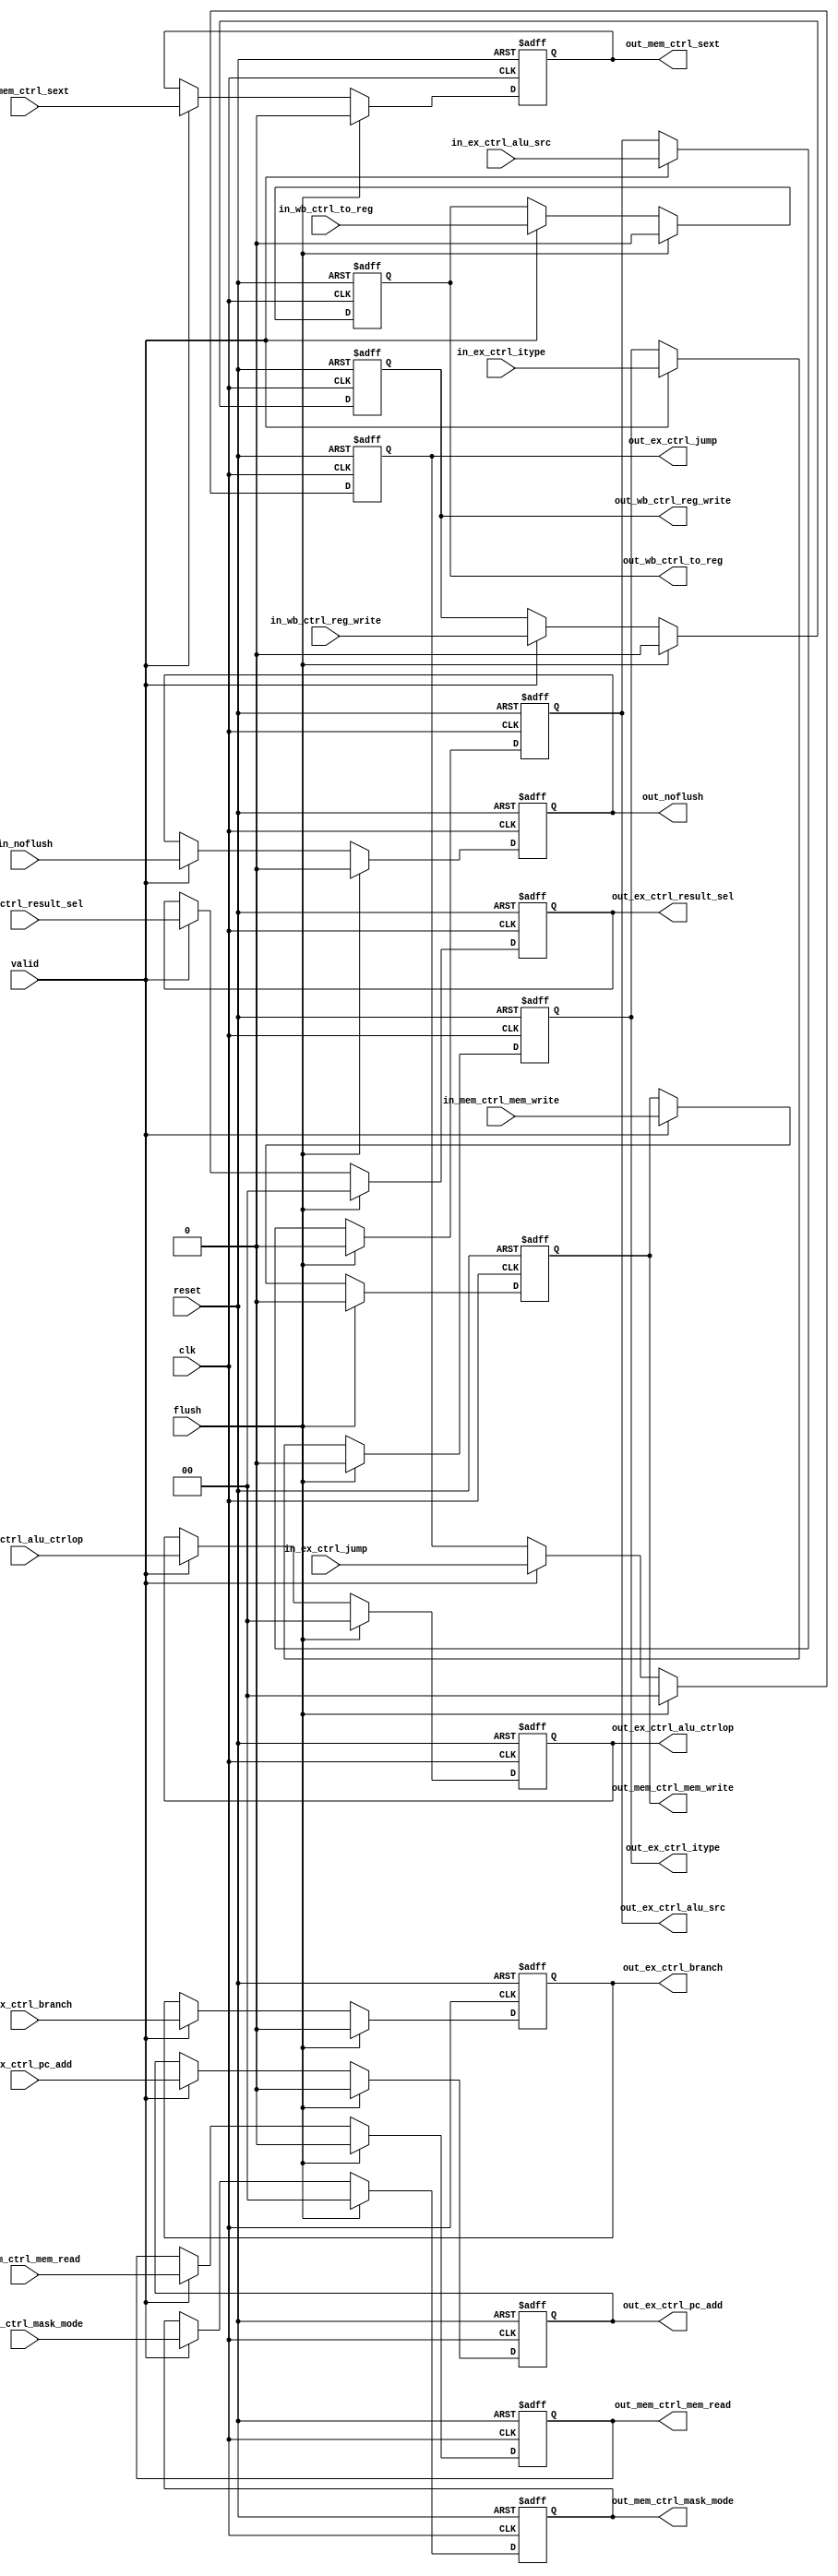
// This program was cloned from: https://github.com/suda-morris/blog
// License: GNU General Public License v3.0

module id_ex_ctrl (
  input        clk,
  input        reset,
  input        in_ex_ctrl_itype,
  input  [1:0] in_ex_ctrl_alu_ctrlop,
  input  [1:0] in_ex_ctrl_result_sel,
  input        in_ex_ctrl_alu_src,
  input        in_ex_ctrl_pc_add,
  input        in_ex_ctrl_branch,
  input  [1:0] in_ex_ctrl_jump,
  input        in_mem_ctrl_mem_read,
  input        in_mem_ctrl_mem_write,
  input  [1:0] in_mem_ctrl_mask_mode,
  input        in_mem_ctrl_sext,
  input        in_wb_ctrl_to_reg,
  input        in_wb_ctrl_reg_write,
  input        in_noflush,
  input        flush,
  input        valid,
  output       out_ex_ctrl_itype,
  output [1:0] out_ex_ctrl_alu_ctrlop,
  output [1:0] out_ex_ctrl_result_sel,
  output       out_ex_ctrl_alu_src,
  output       out_ex_ctrl_pc_add,
  output       out_ex_ctrl_branch,
  output [1:0] out_ex_ctrl_jump,
  output       out_mem_ctrl_mem_read,
  output       out_mem_ctrl_mem_write,
  output [1:0] out_mem_ctrl_mask_mode,
  output       out_mem_ctrl_sext,
  output       out_wb_ctrl_to_reg,
  output       out_wb_ctrl_reg_write,
  output       out_noflush
);

  reg  reg_ex_ctrl_itype;
  reg [1:0] reg_ex_ctrl_alu_ctrlop;
  reg [1:0] reg_ex_ctrl_result_sel;
  reg  reg_ex_ctrl_alu_src;
  reg  reg_ex_ctrl_pc_add;
  reg  reg_ex_ctrl_branch;
  reg [1:0] reg_ex_ctrl_jump;
  reg  reg_mem_ctrl_mem_read;
  reg  reg_mem_ctrl_mem_write;
  reg [1:0] reg_mem_ctrl_mask_mode;
  reg  reg_mem_ctrl_sext;
  reg  reg_wb_ctrl_to_reg;
  reg  reg_wb_ctrl_reg_write;
  reg  reg_noflush;

  assign out_ex_ctrl_itype = reg_ex_ctrl_itype;
  assign out_ex_ctrl_alu_ctrlop = reg_ex_ctrl_alu_ctrlop;
  assign out_ex_ctrl_result_sel = reg_ex_ctrl_result_sel;
  assign out_ex_ctrl_alu_src = reg_ex_ctrl_alu_src;
  assign out_ex_ctrl_pc_add = reg_ex_ctrl_pc_add;
  assign out_ex_ctrl_branch = reg_ex_ctrl_branch;
  assign out_ex_ctrl_jump = reg_ex_ctrl_jump;
  assign out_mem_ctrl_mem_read = reg_mem_ctrl_mem_read;
  assign out_mem_ctrl_mem_write = reg_mem_ctrl_mem_write;
  assign out_mem_ctrl_mask_mode = reg_mem_ctrl_mask_mode;
  assign out_mem_ctrl_sext = reg_mem_ctrl_sext;
  assign out_wb_ctrl_to_reg = reg_wb_ctrl_to_reg;
  assign out_wb_ctrl_reg_write = reg_wb_ctrl_reg_write;
  assign out_noflush = reg_noflush;

  always @(posedge clk or posedge reset) begin
    if (reset) begin
      reg_ex_ctrl_itype <= 1'h0;
    end else if (flush) begin
      reg_ex_ctrl_itype <= 1'h0;
    end else if (valid) begin
      reg_ex_ctrl_itype <= in_ex_ctrl_itype;
    end
  end

  always @(posedge clk or posedge reset) begin
    if (reset) begin
      reg_ex_ctrl_alu_ctrlop <= 2'h0;
    end else if (flush) begin
      reg_ex_ctrl_alu_ctrlop <= 2'h0;
    end else if (valid) begin
      reg_ex_ctrl_alu_ctrlop <= in_ex_ctrl_alu_ctrlop;
    end
  end

  always @(posedge clk or posedge reset) begin
    if (reset) begin
      reg_ex_ctrl_result_sel <= 2'h0;
    end else if (flush) begin
      reg_ex_ctrl_result_sel <= 2'h0;
    end else if (valid) begin
      reg_ex_ctrl_result_sel <= in_ex_ctrl_result_sel;
    end
  end

  always @(posedge clk or posedge reset) begin
    if (reset) begin
      reg_ex_ctrl_alu_src <= 1'h0;
    end else if (flush) begin
      reg_ex_ctrl_alu_src <= 1'h0;
    end else if (valid) begin
      reg_ex_ctrl_alu_src <= in_ex_ctrl_alu_src;
    end
  end

  always @(posedge clk or posedge reset) begin
    if (reset) begin
      reg_ex_ctrl_pc_add <= 1'h0;
    end else if (flush) begin
      reg_ex_ctrl_pc_add <= 1'h0;
    end else if (valid) begin
      reg_ex_ctrl_pc_add <= in_ex_ctrl_pc_add;
    end
  end

  always @(posedge clk or posedge reset) begin
    if (reset) begin
      reg_ex_ctrl_branch <= 1'h0;
    end else if (flush) begin
      reg_ex_ctrl_branch <= 1'h0;
    end else if (valid) begin
      reg_ex_ctrl_branch <= in_ex_ctrl_branch;
    end
  end

  always @(posedge clk or posedge reset) begin
    if (reset) begin
      reg_ex_ctrl_jump <= 2'h0;
    end else if (flush) begin
      reg_ex_ctrl_jump <= 2'h0;
    end else if (valid) begin
      reg_ex_ctrl_jump <= in_ex_ctrl_jump;
    end
  end

  always @(posedge clk or posedge reset) begin
    if (reset) begin
      reg_mem_ctrl_mem_read <= 1'h0;
    end else if (flush) begin
      reg_mem_ctrl_mem_read <= 1'h0;
    end else if (valid) begin
      reg_mem_ctrl_mem_read <= in_mem_ctrl_mem_read;
    end
  end

  always @(posedge clk or posedge reset) begin
    if (reset) begin
      reg_mem_ctrl_mem_write <= 1'h0;
    end else if (flush) begin
      reg_mem_ctrl_mem_write <= 1'h0;
    end else if (valid) begin
      reg_mem_ctrl_mem_write <= in_mem_ctrl_mem_write;
    end
  end

  always @(posedge clk or posedge reset) begin
    if (reset) begin
      reg_mem_ctrl_mask_mode <= 2'h0;
    end else if (flush) begin
      reg_mem_ctrl_mask_mode <= 2'h0;
    end else if (valid) begin
      reg_mem_ctrl_mask_mode <= in_mem_ctrl_mask_mode;
    end
  end

  always @(posedge clk or posedge reset) begin
    if (reset) begin
      reg_mem_ctrl_sext <= 1'h0;
    end else if (flush) begin
      reg_mem_ctrl_sext <= 1'h0;
    end else if (valid) begin
      reg_mem_ctrl_sext <= in_mem_ctrl_sext;
    end
  end

  always @(posedge clk or posedge reset) begin
    if (reset) begin
      reg_wb_ctrl_to_reg <= 1'h0;
    end else if (flush) begin
      reg_wb_ctrl_to_reg <= 1'h0;
    end else if (valid) begin
      reg_wb_ctrl_to_reg <= in_wb_ctrl_to_reg;
    end
  end

  always @(posedge clk or posedge reset) begin
    if (reset) begin
      reg_wb_ctrl_reg_write <= 1'h0;
    end else if (flush) begin
      reg_wb_ctrl_reg_write <= 1'h0;
    end else if (valid) begin
      reg_wb_ctrl_reg_write <= in_wb_ctrl_reg_write;
    end
  end

  always @(posedge clk or posedge reset) begin
    if (reset) begin
      reg_noflush <= 1'h0;
    end else if (flush) begin
      reg_noflush <= 1'h0;
    end else if (valid) begin
      reg_noflush <= in_noflush;
    end
  end


endmodule